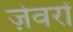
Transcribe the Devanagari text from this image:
जे़वरों